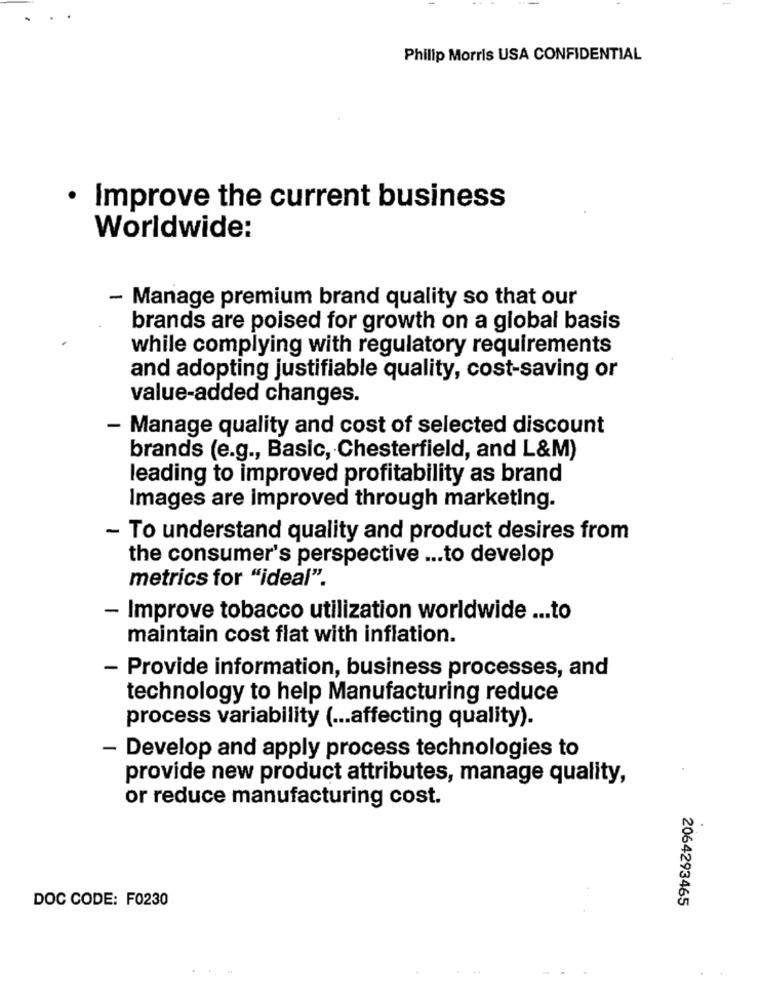
. .
Philip Morris USA CONFIDENTIAL
· Improve the current business
Worldwide:
- Manage premium brand quality so that our
brands are poised for growth on a global basis
while complying with regulatory requirements
and adopting justifiable quality, cost-saving or
value-added changes.
- Manage quality and cost of selected discount
brands (e.g ., Basic, Chesterfield, and L&M)
leading to improved profitability as brand
Images are improved through marketing.
- To understand quality and product desires from
the consumer's perspective ... to develop
metrics for "ideal".
- Improve tobacco utilization worldwide ... to
maintain cost flat with inflation.
- Provide information, business processes, and
technology to help Manufacturing reduce
process variability ( ... affecting quality).
- Develop and apply process technologies to
provide new product attributes, manage quality,
or reduce manufacturing cost.
2064293465
DOC CODE: F0230
...